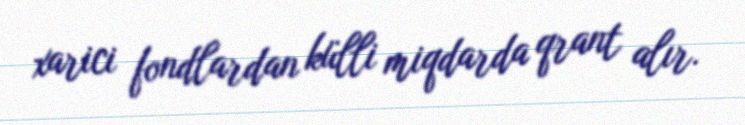
xarici fondlardan külli miqdarda qrant alır.